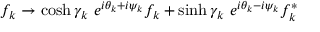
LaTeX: f _ { k } \rightarrow \cosh \gamma _ { k } \ e ^ { i \theta _ { k } + i \psi _ { k } } f _ { k } + \sinh \gamma _ { k } \ e ^ { i \theta _ { k } - i \psi _ { k } } f _ { k } ^ { * }